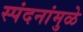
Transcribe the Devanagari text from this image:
स्पंदनांमुळे